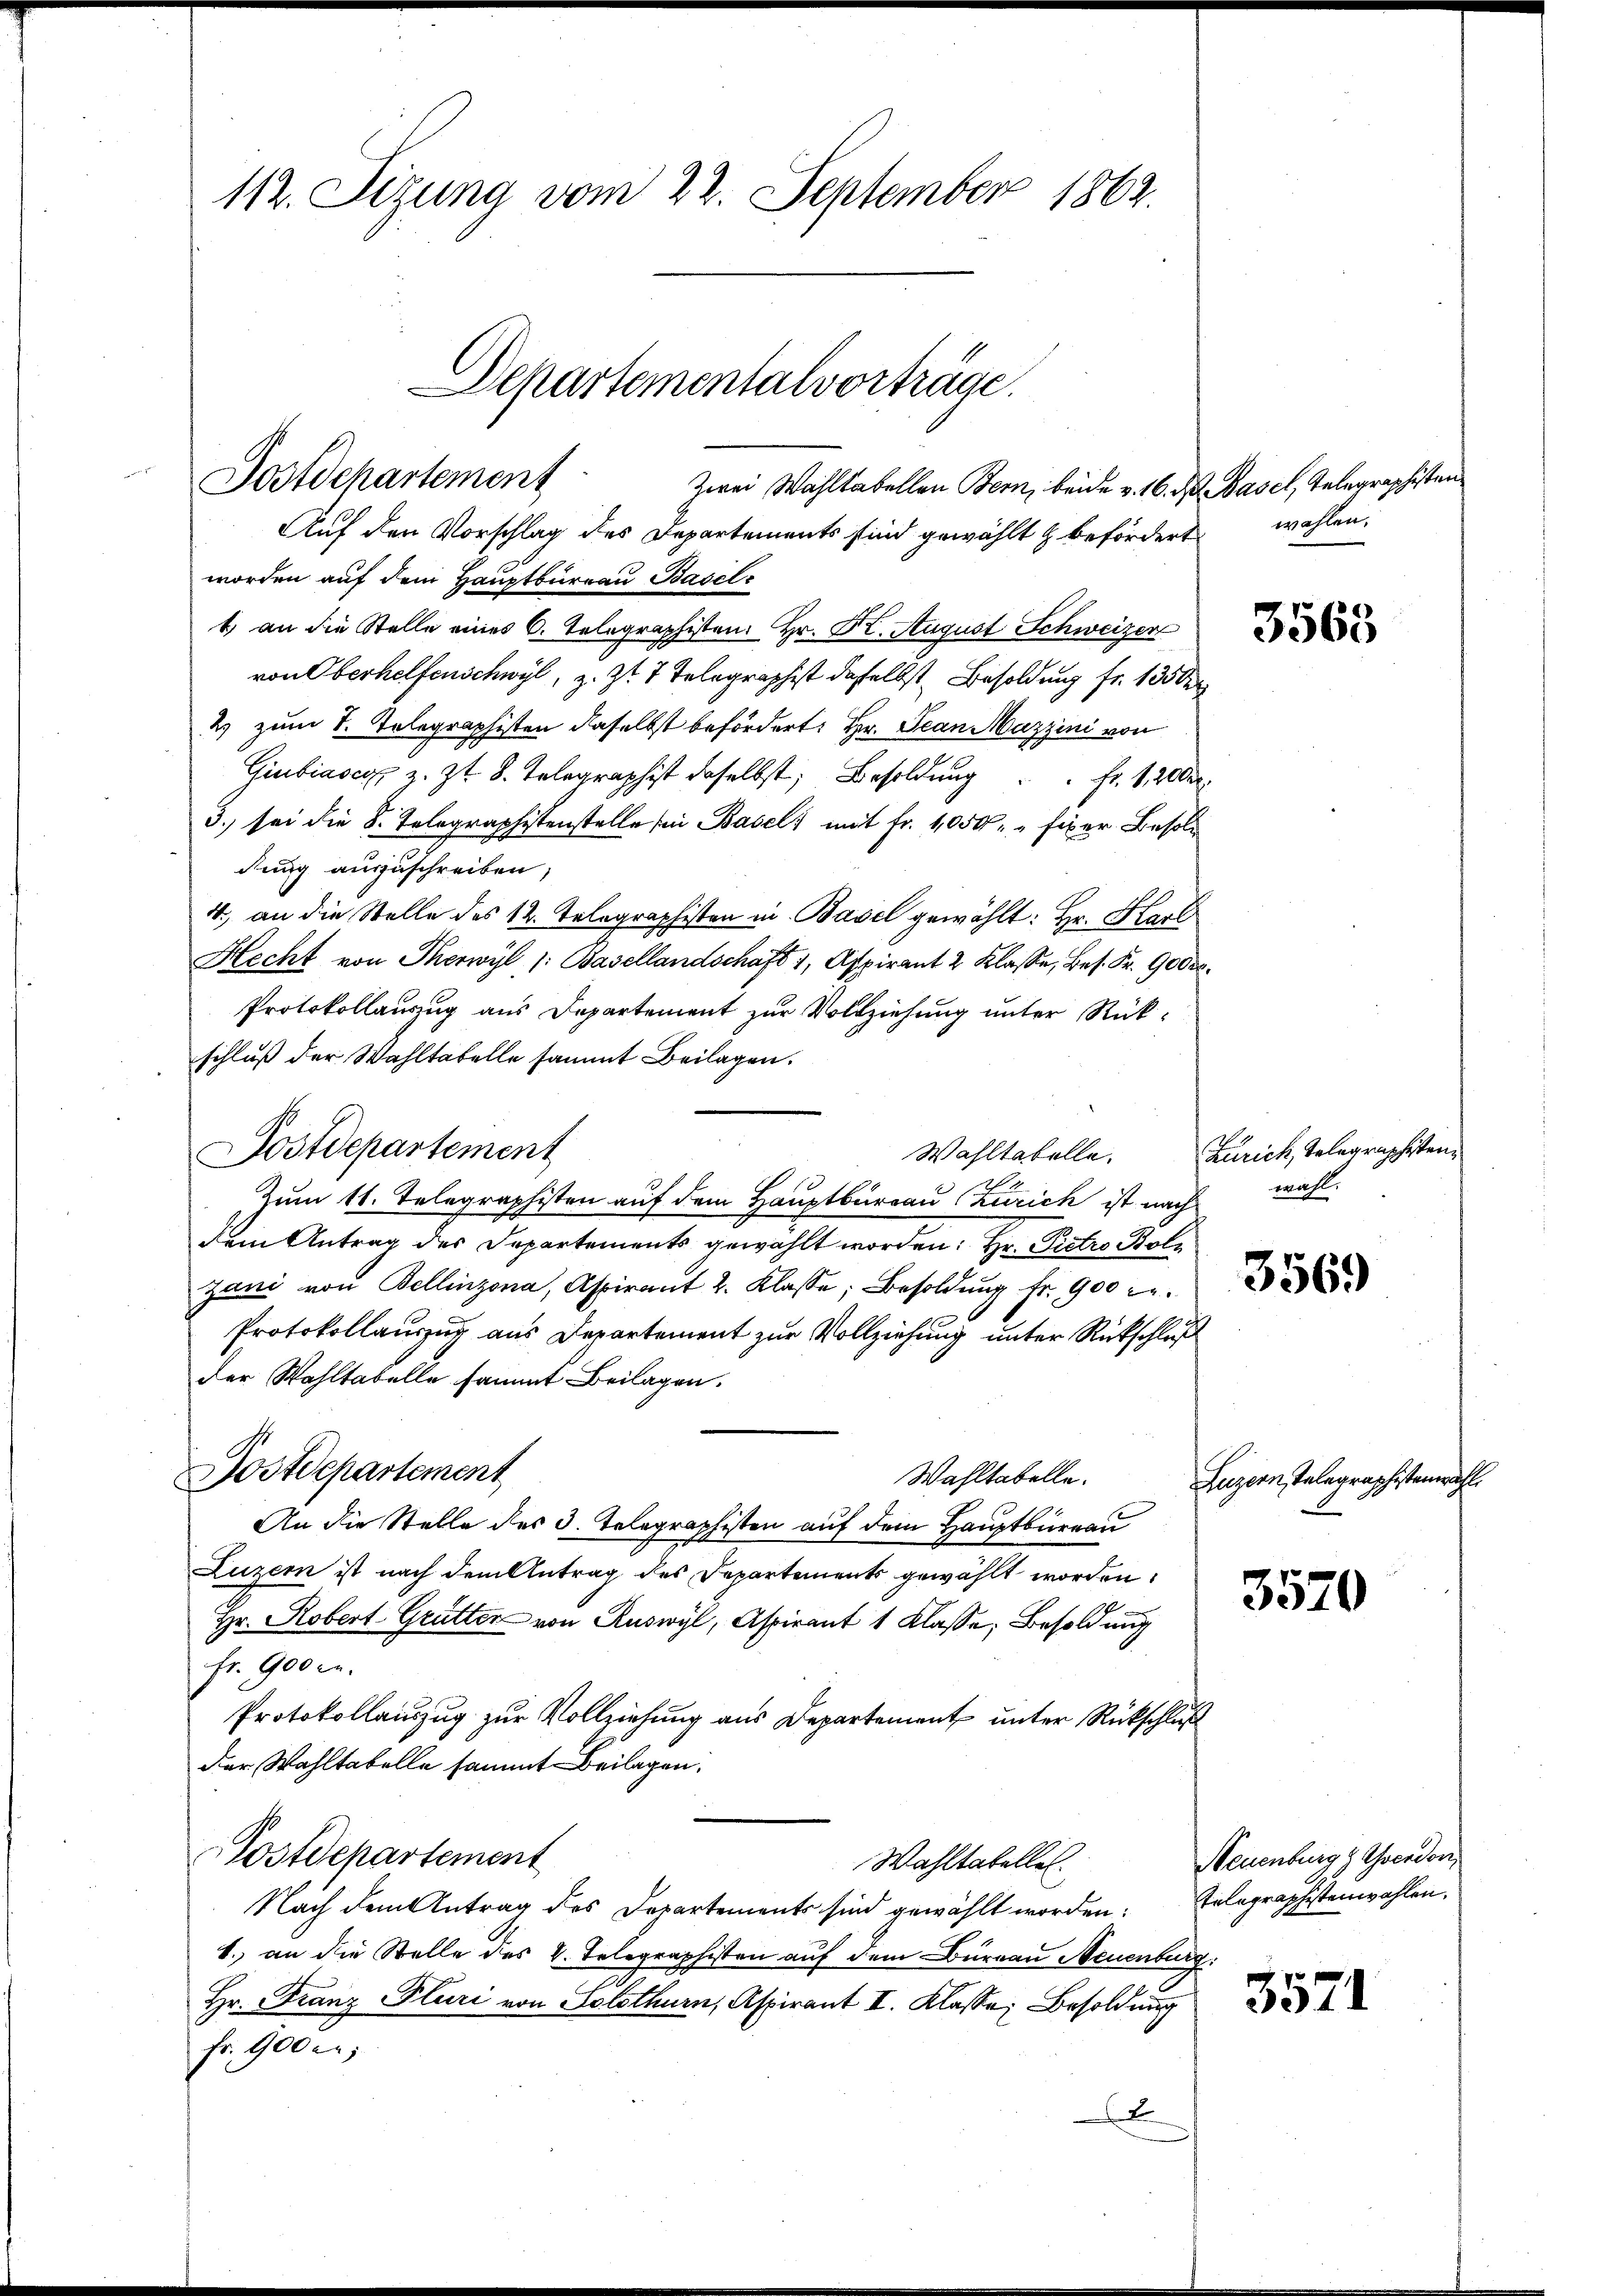
112. Sizung vom 22. September 1862.

Zwei Wahltabellen Bern, beide v. 16. d. Basel, Telegraphisten
Auf den Vorschlag des Departements sind gewählt & befördert wahlen.
worden auf dem Hauptburgau Basel¬
1. an die Stelle eines C. Telegraphisten. Hr. Dr. August Schweizer
von Oberhelfenschwyl, z. Zt. 7 Telegraphist dasselbst Besoldung fr. 135 der
2) zum 1. Telegraphisten daselbst befördert: Hr. Jean Mazzini von
Giubiasca z. Zt. 8. Telegraphist daselbst, Besoldung . . fr. 1200.
3. sei die 8. Telegraphistenstelle in Basels mit fr. 1050. " fixer Besold
dung auszuschreiben,
4) an die Stelle des 12. Telegraphisten in Basel gewählt: Hr. Karl
Hecht von Therwyl /: Basellandschaft 1, Aspirant 2 Klasse, Bes. Fr. 900ko¬
Protokollauszug aus Departement zur Vollziehung unter Rückschluß der Wahltatelle sammt Beilagen.
Postdepartement
Wahltabelle.
Zum 11. Telegraphisten auf dem Hauptbureau Zürich ist nach
Dem Antrag des Departements gewählt worden. Hr. Pietro Bolz
zani von Bellinzona, Aspirant 2. Klasse, Besoldung fr. 900 c.
Protokollauszug aus Departement zur Vollziehung unter Rückschluß
der Wahltabelle sammt Beilagen.
Postdepartement
Wahltabelle.
An die Stelle des 3. Telegraphisten auf dem Hauptbüreau
Luzern ist nach dem Antrag des Departements gewählt worden.
Hr. Robert Grütter von Ruswyl, Aspirant 1 Klasse, Besoldung
fr. 900 c.
Protokollauszug zur Vollziehung aus Departement unter Rückschluß
der Wahltabelle sammt Beilagen.
Postdepartement
Wahltatellen.
Nach dem Antrag des Departements sind gewählt worden: Erlegraphistenwahlen.
1. an die Stelle des v. Telegraphisten auf dem Büreau Neuenburg
Hr. Franz Pluri von Solothurn, Aspirant II. Klasse Besoldung
Fr. 900 c.
x

Postdepartement

Departementalvorträge.

3563

Zürich, Telegraphisten.
wahl.

3569

Luzern, Telegraphistenwahl

3570

Neuenburg z. Osendor

3571